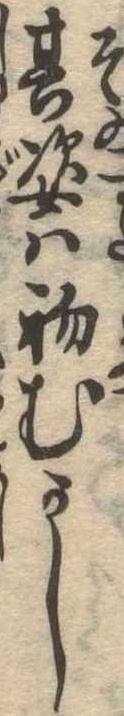
其姿は初むかし